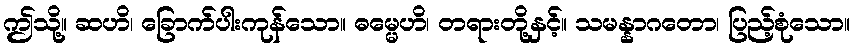
ဤသို့။ ဆဟိ၊ ခြောက်ပါးကုန်သော။ ဓမ္မေဟိ၊ တရားတို့နှင့်။ သမန္နာဂတော၊ ပြည့်စုံသော။